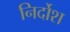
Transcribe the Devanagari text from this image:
निर्दोश